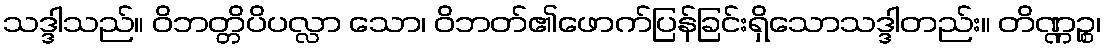
သဒ္ဒါသည်။ ဝိဘတ္တိပိပလ္လာ သော၊ ဝိဘတ်၏ဖောက်ပြန်ခြင်းရှိသောသဒ္ဒါတည်း။ တိဏ္ဏဉ္စ၊